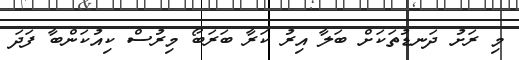
މި ރަށު ދަނޑުތަކަށް ބަލާ އިރު ކަރާ ބަރަބޯ މިރުސް ކިއުކަންބާ ފަދަ